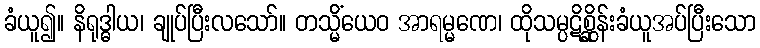
ခံယူ၍။ နိရုဒ္ဓါယ၊ ချုပ်ပြီးလသော်။ တသ္မိံယေဝ အာရမ္မဏေ၊ ထိုသမ္ပဋိစ္ဆိုန်းခံယူအပ်ပြီးသော